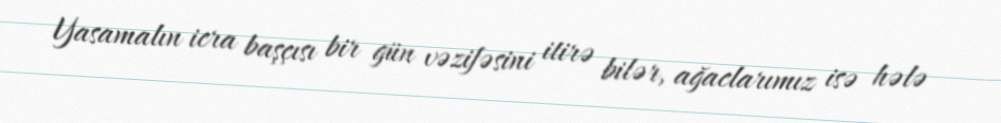
Yasamalın icra başçısı bir gün vəzifəsini itirə bilər, ağaclarımız isə hələ